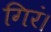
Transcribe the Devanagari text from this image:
गिरं।